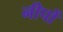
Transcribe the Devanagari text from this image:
नीपों